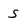
Character: s